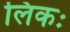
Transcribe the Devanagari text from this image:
लिकः